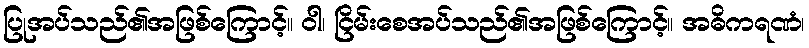
ပြုအပ်သည်၏အဖြစ်ကြောင့်။ ဝါ၊ ငြိမ်းစေအပ်သည်၏အဖြစ်ကြောင့်။ အဓိကရဏံ၊